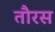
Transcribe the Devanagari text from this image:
तौरस